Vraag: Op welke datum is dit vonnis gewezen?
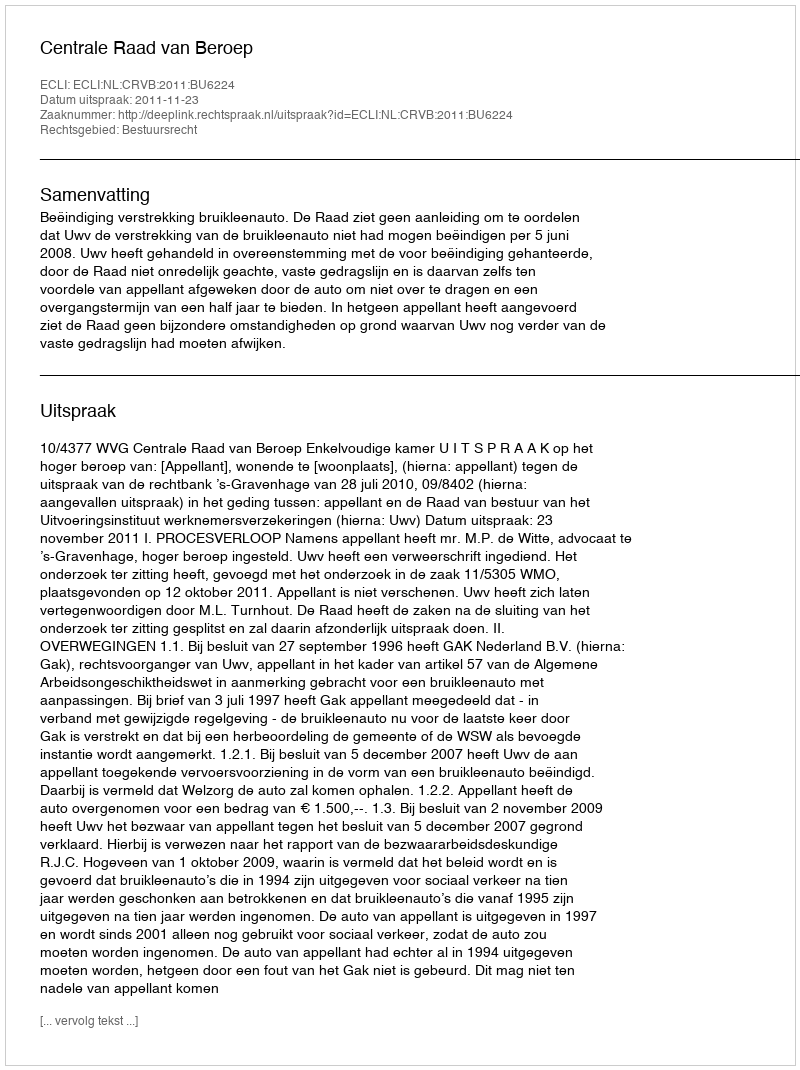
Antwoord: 2011-11-23